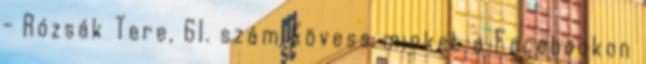
- Rózsák Tere, 61. szám Kövess minket a Facebookon